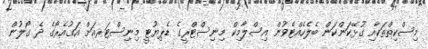
މިސްކިތްތަކާއި ގުޅޭކަންކަން ބެލެހެއްޓެވުން އިސްލާމިކް މިނިސްޓްރީގެ ޑެޕިޔުޓީ މިނިސްޓަރއަށް އަގުއެރޯގެ ދެ ގޯލުން